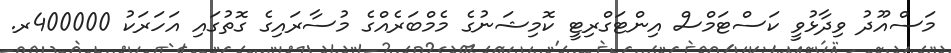
މަސްއޫދު ވިދާޅުވީ ކަސްޓަމްސް އިންޓަގްރިޓީ ކޮމިޝަނުގެ މެމްބަރެއްގެ މުސާރައިގެ ގޮތުގައި އަހަރަކު 400000ރ.